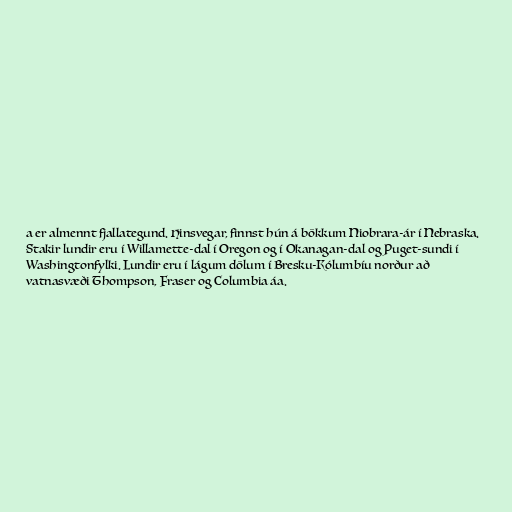
a er almennt fjallategund. Hinsvegar, finnst hún á bökkum Niobrara-ár í Nebraska.
Stakir lundir eru í Willamette-dal í Oregon og í Okanagan-dal og Puget-sundi í
Washingtonfylki. Lundir eru í lágum dölum í Bresku-Kólumbíu norður að
vatnasvæði Thompson, Fraser og Columbia áa.